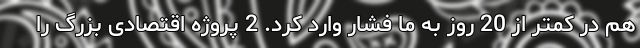
هم در کمتر از 20 روز به ما فشار وارد کرد. 2 پروژه اقتصادی بزرگ را